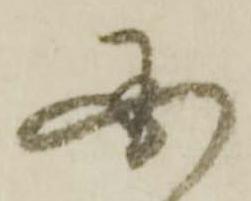
国